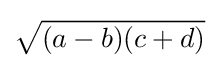
{\sqrt {(a-b)(c+d)}}